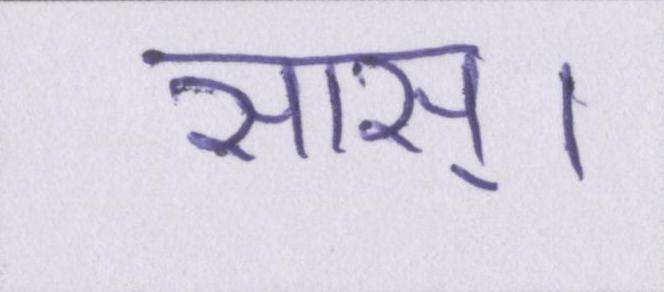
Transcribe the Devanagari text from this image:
सास्।